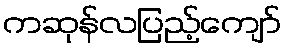
ကဆုန်လပြည့်ကျော်